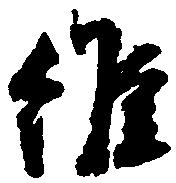
維